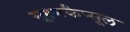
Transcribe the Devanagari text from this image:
सूक्ष्मकैप्सूल